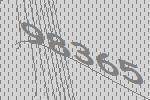
98365